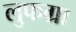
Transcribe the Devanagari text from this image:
लुफग्रा